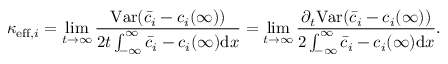
\kappa _ { \mathrm { e f f } , i } = \operatorname* { l i m } _ { t \rightarrow \infty } \frac { \mathrm { V a r } ( \bar { c } _ { i } - c _ { i } ( \infty ) ) } { 2 t \int _ { - \infty } ^ { \infty } \bar { c } _ { i } - c _ { i } ( \infty ) \mathrm { d } x } = \operatorname* { l i m } _ { t \rightarrow \infty } \frac { \partial _ { t } \mathrm { V a r } ( \bar { c } _ { i } - c _ { i } ( \infty ) ) } { 2 \int _ { - \infty } ^ { \infty } \bar { c } _ { i } - c _ { i } ( \infty ) \mathrm { d } x } .